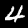
Digit: 4